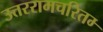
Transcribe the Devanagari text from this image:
उत्तररामचरितम्‍